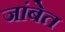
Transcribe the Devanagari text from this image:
जांबेत